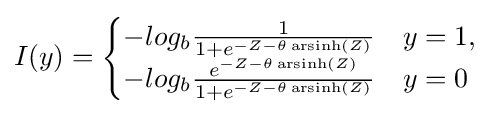
I(y)={\begin{cases}-log_{b}{\frac {1}{1+e^{-Z-\theta \operatorname {arsinh} (Z)}}}&y=1,\\-log_{b}{\frac {e^{-Z-\theta \operatorname {arsinh} (Z)}}{1+e^{-Z-\theta \operatorname {arsinh} (Z)}}}&y=0\end{cases}}